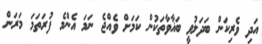
އަދި ވެރިކަން ބަދަލުވީ ބަޣާވާތަކުން ކަމަށް ވެއްޖެ ނަމަ އެންމެ ފުރަތަމަ މަރަން